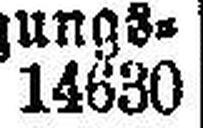
14630